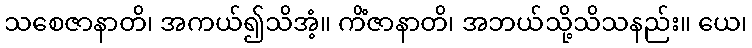
သစေဇာနာတိ၊ အကယ်၍သိအံ့။ ကိံဇာနာတိ၊ အဘယ်သို့သိသနည်း။ ယေ၊